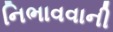
નિભાવવાની